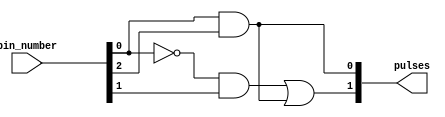
/* */

module led_matrix_syncer
(
	input wire  [2:0] bin_number,
	output wire [1:0] pulses
);
	wire [1:0] aux;
	
	// Drip mode pulse
	and and0(pulses[0], bin_number[0], bin_number[2]);
	
	// Sprinkler mode pulse
	not inv0(aux[0], bin_number[0]);
	and and1(aux[1], aux[0], bin_number[1]);
	or  or0(pulses[1], aux[1], pulses[0]);

endmodule